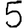
Digit: 5